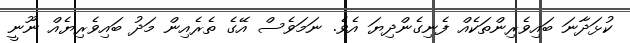
ކުޅަދާނަ ބައިވެރިންތަކެއް ފެނިގެންދިޔަ އެވެ. ނަމަވެސް އޭގެ ތެރެއިން މަދު ބައިވެރިޔެއް ނޫނީ